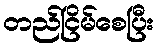
တည်ငြိမ်စေပြီး